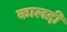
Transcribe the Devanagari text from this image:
कालडी़